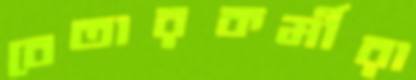
বেতারকর্মীরা